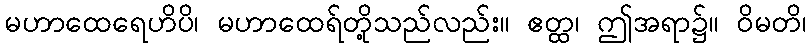
မဟာထေရေဟိပိ၊ မဟာထေရ်တို့သည်လည်း။ ဧတ္ထ၊ ဤအရာ၌။ ဝိမတိ၊